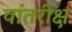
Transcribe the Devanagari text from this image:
वांतरीक्ष